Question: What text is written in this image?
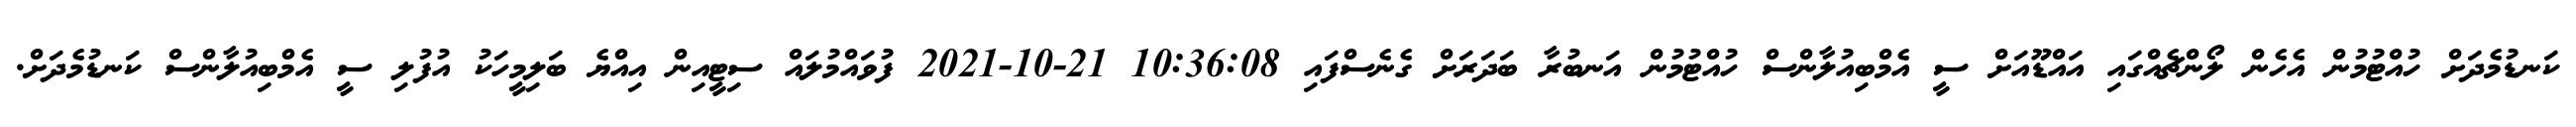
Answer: ކަނޑުމެދަށް ހުއްޓުމުން އެހެން ލޯންޗެއްގައި އައްޑޫއަށް ސީ އެމްބިއުލާންސް ހުއްޓުމުން އަނބުރާ ބަދަރަށް ގެނެސްފައި 10:36:08 21-10-2021 ފުވައްމުލައް ސިޓީއިން އިއްޔެ ބަލިމީހަކު އުފުލި ސީ އެމްބިއުލާންސް ކަނޑުމެދަށް.